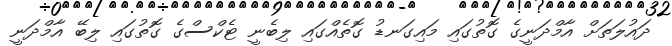
ދައުލަތަށް އާމްދަނީގެ ގޮތުގައި މައިގަނޑު ގޮތެއްގައި ލިބެނީ ޓެކްސްގެ ގޮތުގައި ލިބޭ އާމްދަނީ